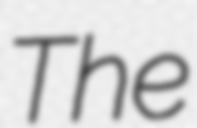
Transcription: The